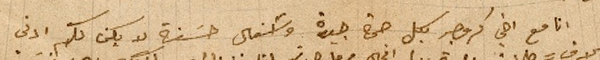
انا مع اخي كروجر بكل صحة جيدة واشغال حسَنة لا يكن لكم ادنى